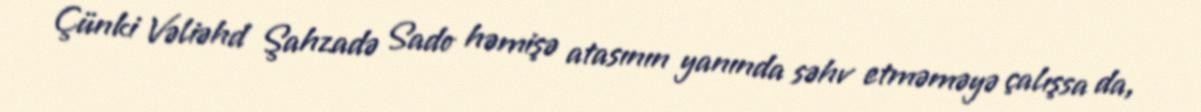
Çünki Vəliəhd Şahzadə Sado həmişə atasının yanında səhv etməməyə çalışsa da,